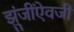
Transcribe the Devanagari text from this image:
झुंजींऐवजी